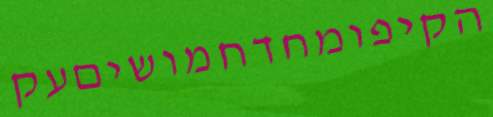
הקיפומחדחמושיםעק